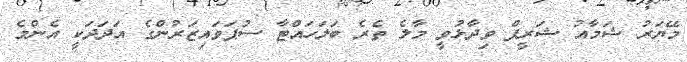
މޭޔަރު ޝަމާއު ޝަރީފް ވިދާޅުވީ މާލެ ތެރެ ބަލަހައްޓާ ސުޕަވައިޒަރުންގެ އަދަދަކީ އެންމެ